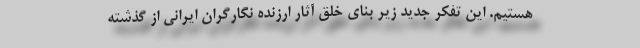
هستیم. این تفکر جدید زیر بنای خلق آثار ارزنده نگارگران ایرانی از گذشته